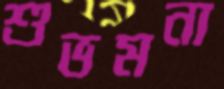
শুভমনা